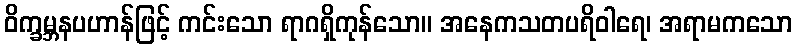
ဝိက္ခမ္ဘနပဟာန်ဖြင့် ကင်းသော ရာဂရှိကုန်သော။ အနေကသတပရိဝါရေ၊ အရာမကသော